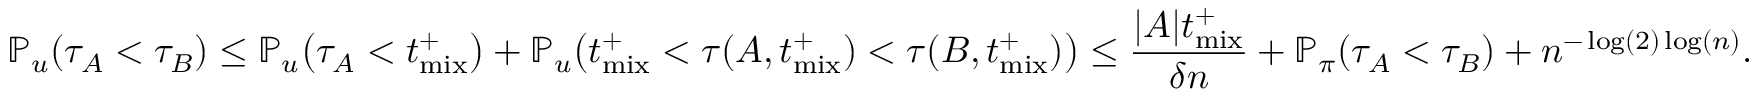
\mathbb { P } _ { u } \! \left( \tau _ { A } < \tau _ { B } \right) \leq \mathbb { P } _ { u } \! \left( \tau _ { A } < t _ { \mathrm { m i x } } ^ { + } \right) + \mathbb { P } _ { u } \! \left( t _ { \mathrm { m i x } } ^ { + } < \tau ( A , t _ { \mathrm { m i x } } ^ { + } ) < \tau ( B , t _ { \mathrm { m i x } } ^ { + } ) \right) \leq \frac { | A | t _ { \mathrm { m i x } } ^ { + } } { \delta n } + \mathbb { P } _ { \pi } \! \left( \tau _ { A } < \tau _ { B } \right) + n ^ { - \log ( 2 ) \log ( n ) } .